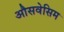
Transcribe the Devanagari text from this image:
औसवेसिम